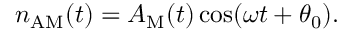
\begin{array} { r } { n _ { \mathrm { A M } } ( t ) = A _ { \mathrm { M } } ( t ) \cos ( \omega t + \theta _ { 0 } ) . } \end{array}